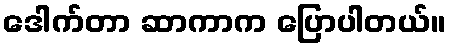
ဒေါက်တာ ဆာကာက ပြောပါတယ်။